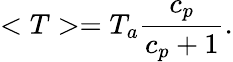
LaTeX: <T>=T_{a}{\frac{c_{p}}{c_{p}+1}}.